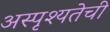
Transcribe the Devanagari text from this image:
अस्पृश्‍यतेची